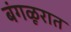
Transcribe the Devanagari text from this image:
बंगळूरात